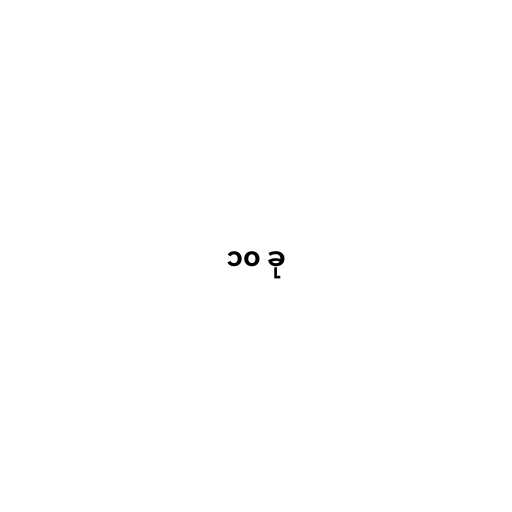
၁၀ ခု